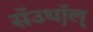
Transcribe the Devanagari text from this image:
सॅउथ़ॉल्